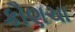
કૌણચા